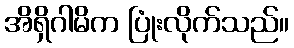
အိရှိဂါမိက ပြုံးလိုက်သည်။